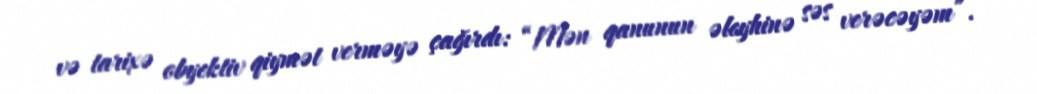
və tarixə obyektiv qiymət verməyə çağırdı: “Mən qanunun əleyhinə səs verəcəyəm”.